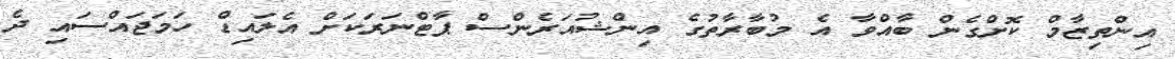
އިންތިޒާމް ކޮށްގެން ބާއްވާ އެ މުބާރާތުގެ އިންޝުއަރެންސް ޕާޓްނަރަކަށް އެލައިޑް ހަމަޖައްސައި ދެ